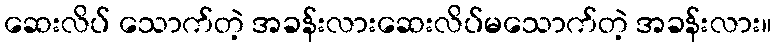
ဆေးလိပ် သောက်တဲ့ အခန်းလားဆေးလိပ်မသောက်တဲ့ အခန်းလား။